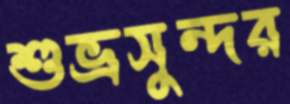
শুভ্রসুন্দর